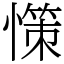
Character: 憡